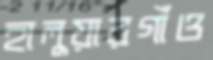
হালুয়ারগাঁও